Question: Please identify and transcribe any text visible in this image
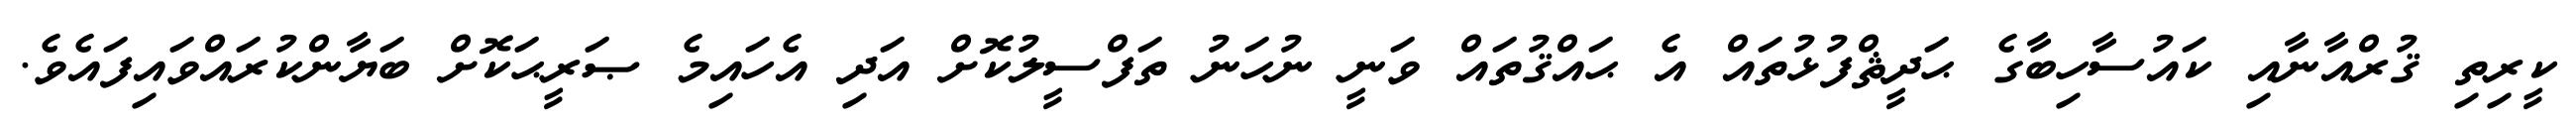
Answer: ކީރިތި ޤުރްއާނާއި ކައުސާހިބާގެ ޙަދީޘްފުޅުތައް އެ ޙައްޤުތައް ވަނީ ނުހަނު ތަފްސީލުކޮށް އަދި އެހައިމެ ޞަރީޙަކޮށް ބަޔާންކުރައްވައިފައެވެ.